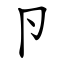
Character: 卪